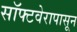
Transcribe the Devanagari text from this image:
सॉफ्टवेरापासून